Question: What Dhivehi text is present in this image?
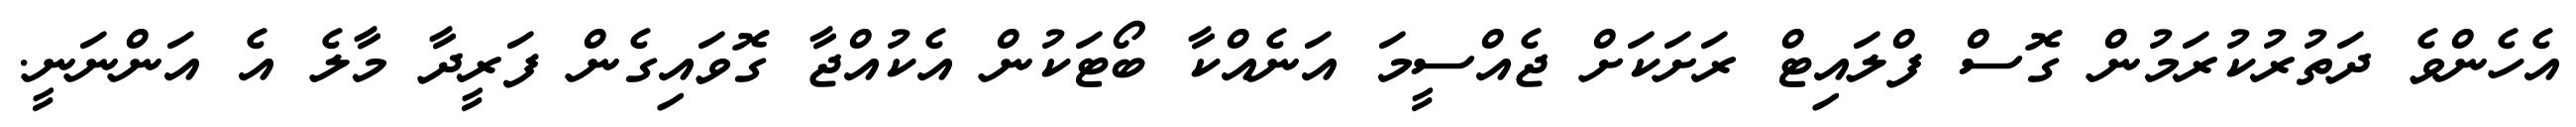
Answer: އެހެންވެ ދަތުރުކުރަމުން ގޮސް ފްލައިޓް ރަށަކަށް ޖެއްސީމަ އަނެއްކާ ބޯޓަކުން އެކުއްޖާ ގޮވައިގެން ފަރީދާ މާލެ އެ އަންނަނީ.